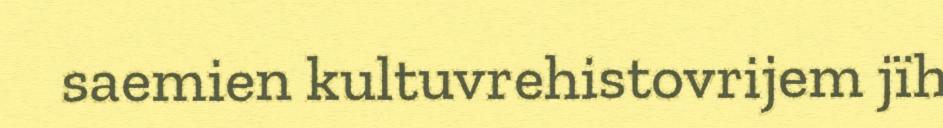
saemien kultuvrehistovrijem jïh